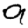
Digit: 9